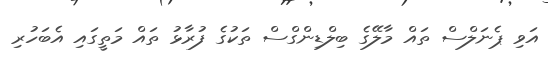
އަވި ޕެނަލްސް ތައް މާލޭގެ ބިލްޑިންގްސް ތަކުގެ ފުރާޅު ތައް މަތީގައި އެބަހުރި